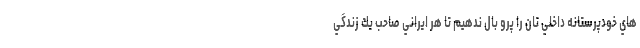
هاي خودپرستانه داخلي تان را پرو بال ندهيم تا هر ايراني صاحب يك زندگي